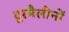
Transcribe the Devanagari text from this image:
टूरमैलीनों